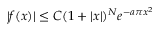
| f ( x ) | \leq C ( 1 + | x | ) ^ { N } e ^ { - a \pi x ^ { 2 } }